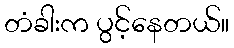
တံခါးက ပွင့်နေတယ်။